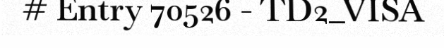
# Entry 70526 - TD2_VISA